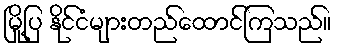
မြို့ပြ နိုင်ငံများတည်ထောင်ကြသည်။